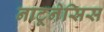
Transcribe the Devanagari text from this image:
नाटूनेसिस